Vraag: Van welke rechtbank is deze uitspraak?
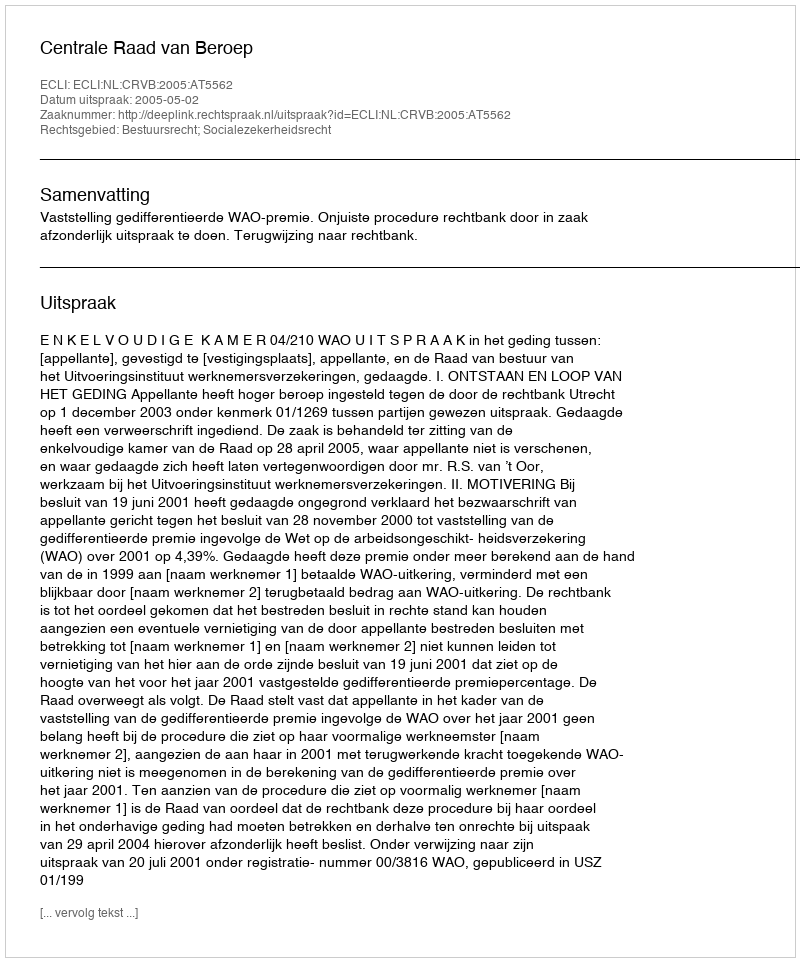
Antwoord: Centrale Raad van Beroep